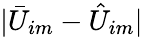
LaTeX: |\bar{U}_{im}-\hat{U}_{im}|